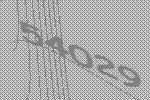
54029